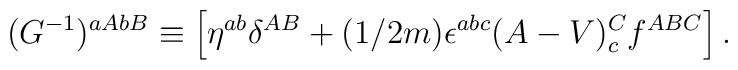
(G^{-1})^{aAbB}\equiv\left[ \eta^{ab}\delta^{AB}+(1/2m)\epsilon^{abc}(A-V)^C_c f^{ABC}\right].